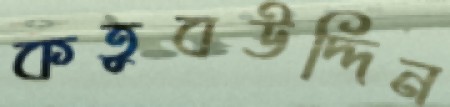
কতুবউদ্দিন